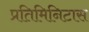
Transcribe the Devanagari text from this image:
प्रतिमिनिटास